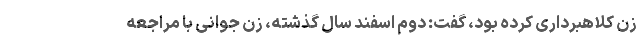
زن کلاهبرداری کرده بود، گفت: دوم اسفند سال گذشته، زن جوانی با مراجعه